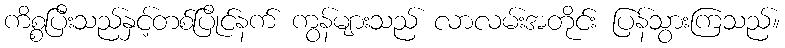
ကိစ္စပြီးသည်နှင့်တစ်ပြိုင်နက် ကွန်များသည် လာလမ်းအတိုင်း ပြန်သွားကြသည်။